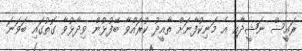
ރައީސް ނަޝީދާއި އެ މަނިކުފާނަށް ތާއީދު ކުރައްވާ ބޭފުޅުން ވިދާޅުވާ ގޮތުގައި ބަވަނަ